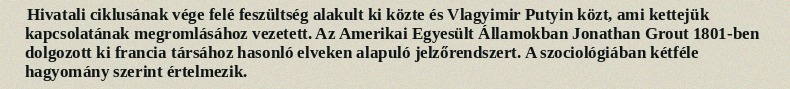
Hivatali ciklusának vége felé feszültség alakult ki közte és Vlagyimir Putyin közt, ami kettejük kapcsolatának megromlásához vezetett. Az Amerikai Egyesült Államokban Jonathan Grout 1801-ben dolgozott ki francia társához hasonló elveken alapuló jelzőrendszert. A szociológiában kétféle hagyomány szerint értelmezik.